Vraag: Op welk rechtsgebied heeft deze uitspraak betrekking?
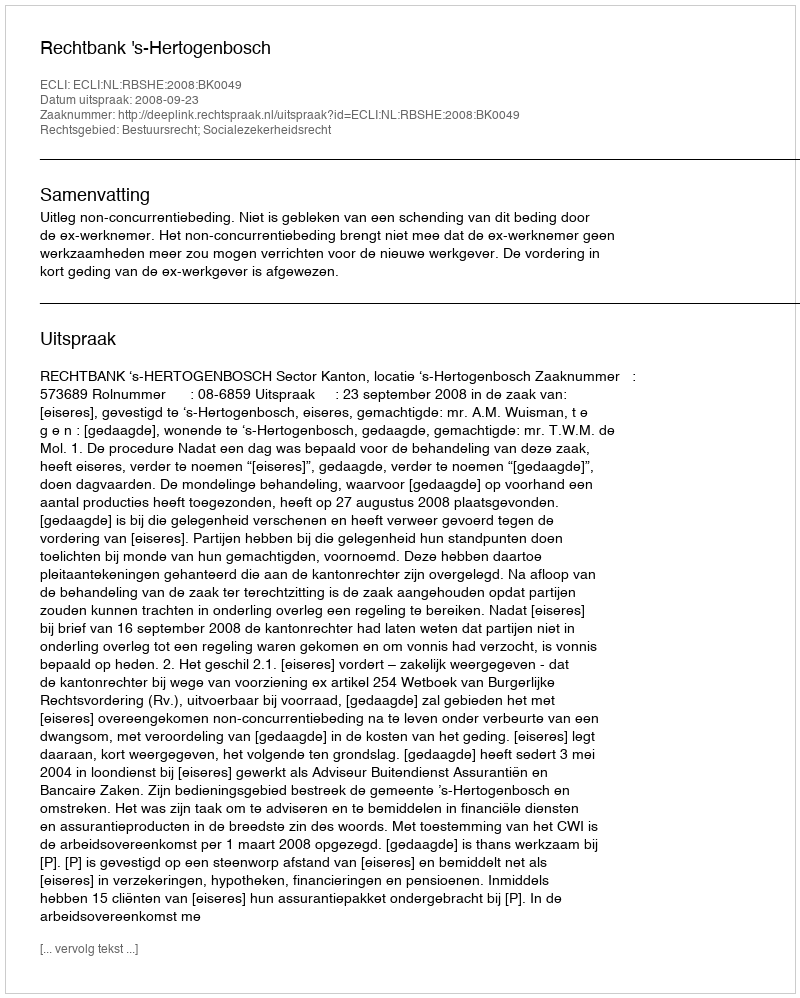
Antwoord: Bestuursrecht; Socialezekerheidsrecht